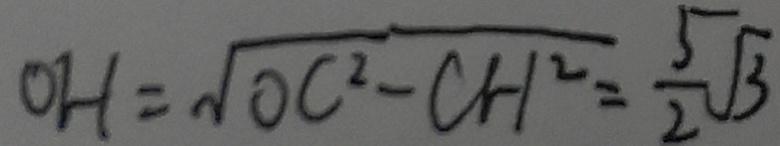
O H = \sqrt { O C ^ { 2 } - C H ^ { 2 } } = \frac { 5 } { 2 } \sqrt { 3 }